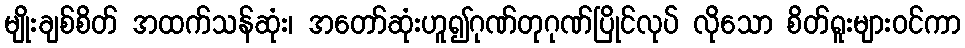
မျိုးချစ်စိတ် အထက်သန်ဆုံး၊ အတော်ဆုံးဟူ၍ဂုဏ်တုဂုဏ်ပြိုင်လုပ် လိုသော စိတ်ရူးများဝင်ကာ